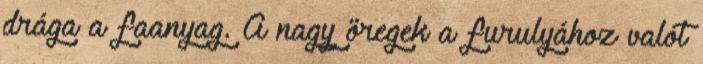
drága a faanyag. A nagy öregek a furulyához valót